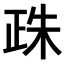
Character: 𣥵